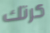
كرتك